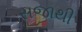
સજાથી